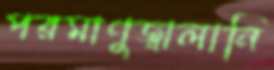
পরমাণুজ্বালানি